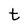
Character: t